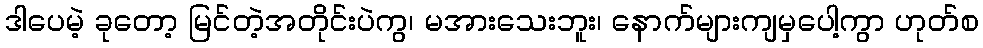
ဒါပေမဲ့ ခုတော့ မြင်တဲ့အတိုင်းပဲကွ၊ မအားသေးဘူး၊ နောက်များကျမှပေါ့ကွာ ဟုတ်စ